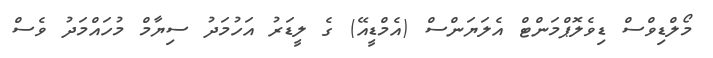
މޯލްޑިވްސް ޑިވެލޮޕްމަންޓް އެލަޔަންސް (އެމްޑީއޭ) ގެ ލީޑަރު އަހުމަދު ސިޔާމް މުހައްމަދު ވެސް